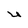
Character: U